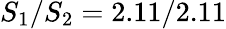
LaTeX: S_{1}/S_{2}=2.11/2.11